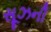
સૂઝની